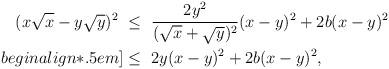
LaTeX: \begin{align*}\begin{aligned} (x\sqrt{x} - y \sqrt{y})^2 ~\leq~& \frac{2y^2}{(\sqrt{x} + \sqrt{y})^2} (x-y)^2 + 2b(x-y)^2\\begin{align*}.5em] \leq ~ & 2 y (x-y)^2 + 2b(x-y)^2,\end{aligned} \end{align*}